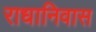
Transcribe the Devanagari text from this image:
राधानिवास